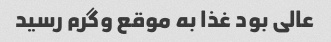
عالی بود غذا به موقع و‌گرم رسید